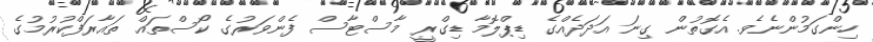
ހިންގަމުންނެވެ. އެގޮތުން ގިނަ އަދަދެއްގެ ޑިޕްލޮމާ ޑިގްރީ މާސްޓާސް ފެންވަރުގެ ކޯސްތައް ތައާރަފްކުރުމުގެ